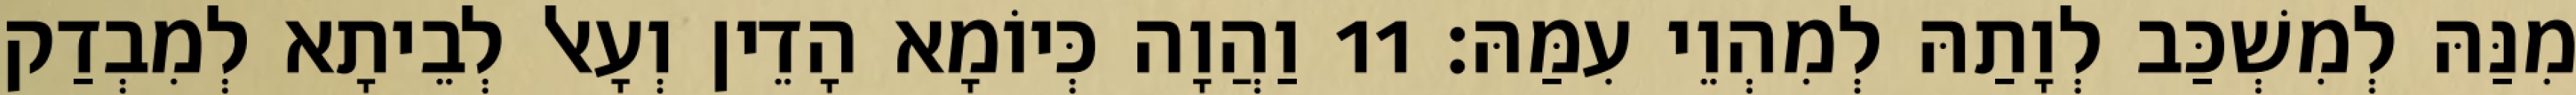
מִנַּהּ לְמִשְׁכַּב לְוָתַהּ לְמִהְוֵי עִמַּהּ׃ 11 וַהֲוָה כְּיוֹמָא הָדֵין וְעָאל לְבֵיתָא לְמִבְדַק